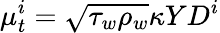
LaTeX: \mu_{t}^{i}=\sqrt{\tau_{w}\rho_{w}}\kappa YD^{i}